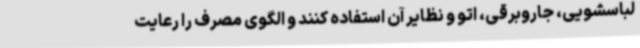
لباسشویی، جاروبرقی، اتو و نظایر آن استفاده کنند و الگوی مصرف را رعایت